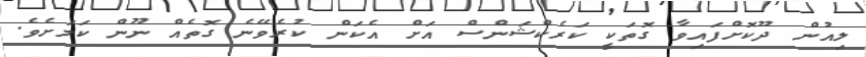
ލިއުން ދޫކޮށްފައިވާ ގޮތަކީ ކަރެކްޝަންސް އަށް އެކަން ކުރެވޭނެ ގޮތެއް ނޫން ކަމަށެވެ.